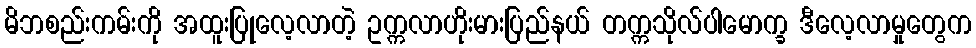
မိဘစည်းကမ်းကို အထူးပြုလေ့လာတဲ့ ဥက္ကလာဟိုးမားပြည်နယ် တက္ကသိုလ်ပါမောက္ခ ဒီလေ့လာမှုတွေက